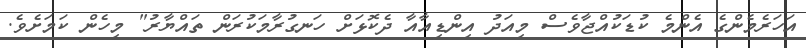
އަހަރެމެންގެ އެންމެ ކުޑަކުއްޖާވެސް މިއަދު އިންޑިއާއާ ދެކޮޅަށް ހަނގުރާމަކުރަން ތައްޔާރު" މިހެން ކަމަށެވެ.